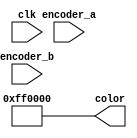
module encoder_color ( clk , encoder_a ,  encoder_b , color);

input clk;
input encoder_a;
input encoder_b;
output reg [23:0] color;

initial begin
color=24'hFF0000;
end


endmodule